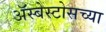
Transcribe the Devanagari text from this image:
ॲस्बेस्टोसच्या